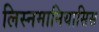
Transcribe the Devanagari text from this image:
लिस्नमानियासिस